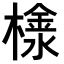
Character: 𣛞